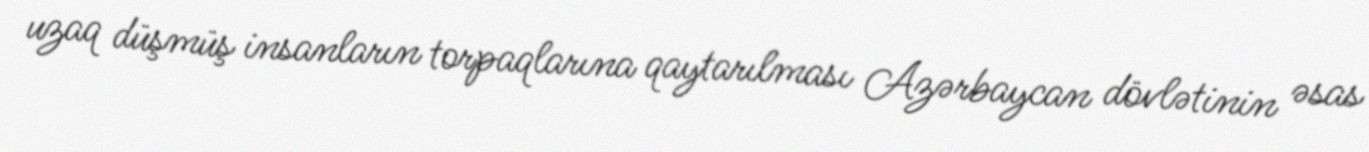
uzaq düşmüş insanların torpaqlarına qaytarılması Azərbaycan dövlətinin əsas